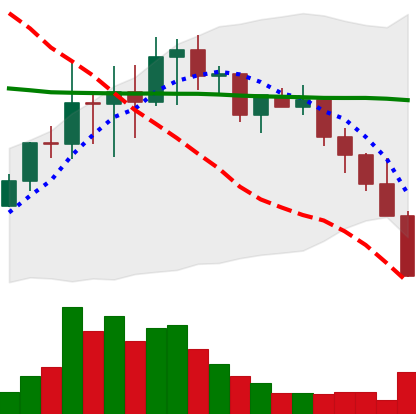
Ticker: LINK-USD
Chart end date: 2022-01-21
Forward return: -12.37%
Label: down_7plus